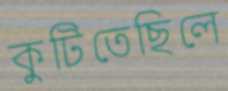
কুটিতেছিলে